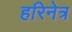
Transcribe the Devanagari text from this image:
हरिनेत्र